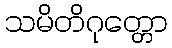
သမိတိဂုတ္တော